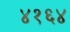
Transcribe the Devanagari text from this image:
४१६४